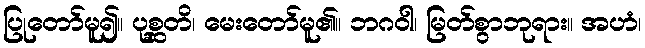
ပြုတော်မူ၍။ ပုစ္ဆတိ၊ မေးတော်မူ၏။ ဘဂဝါ၊ မြတ်စွာဘုရား။ အဟံ၊